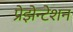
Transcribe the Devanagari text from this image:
प्रेझेन्टेशन